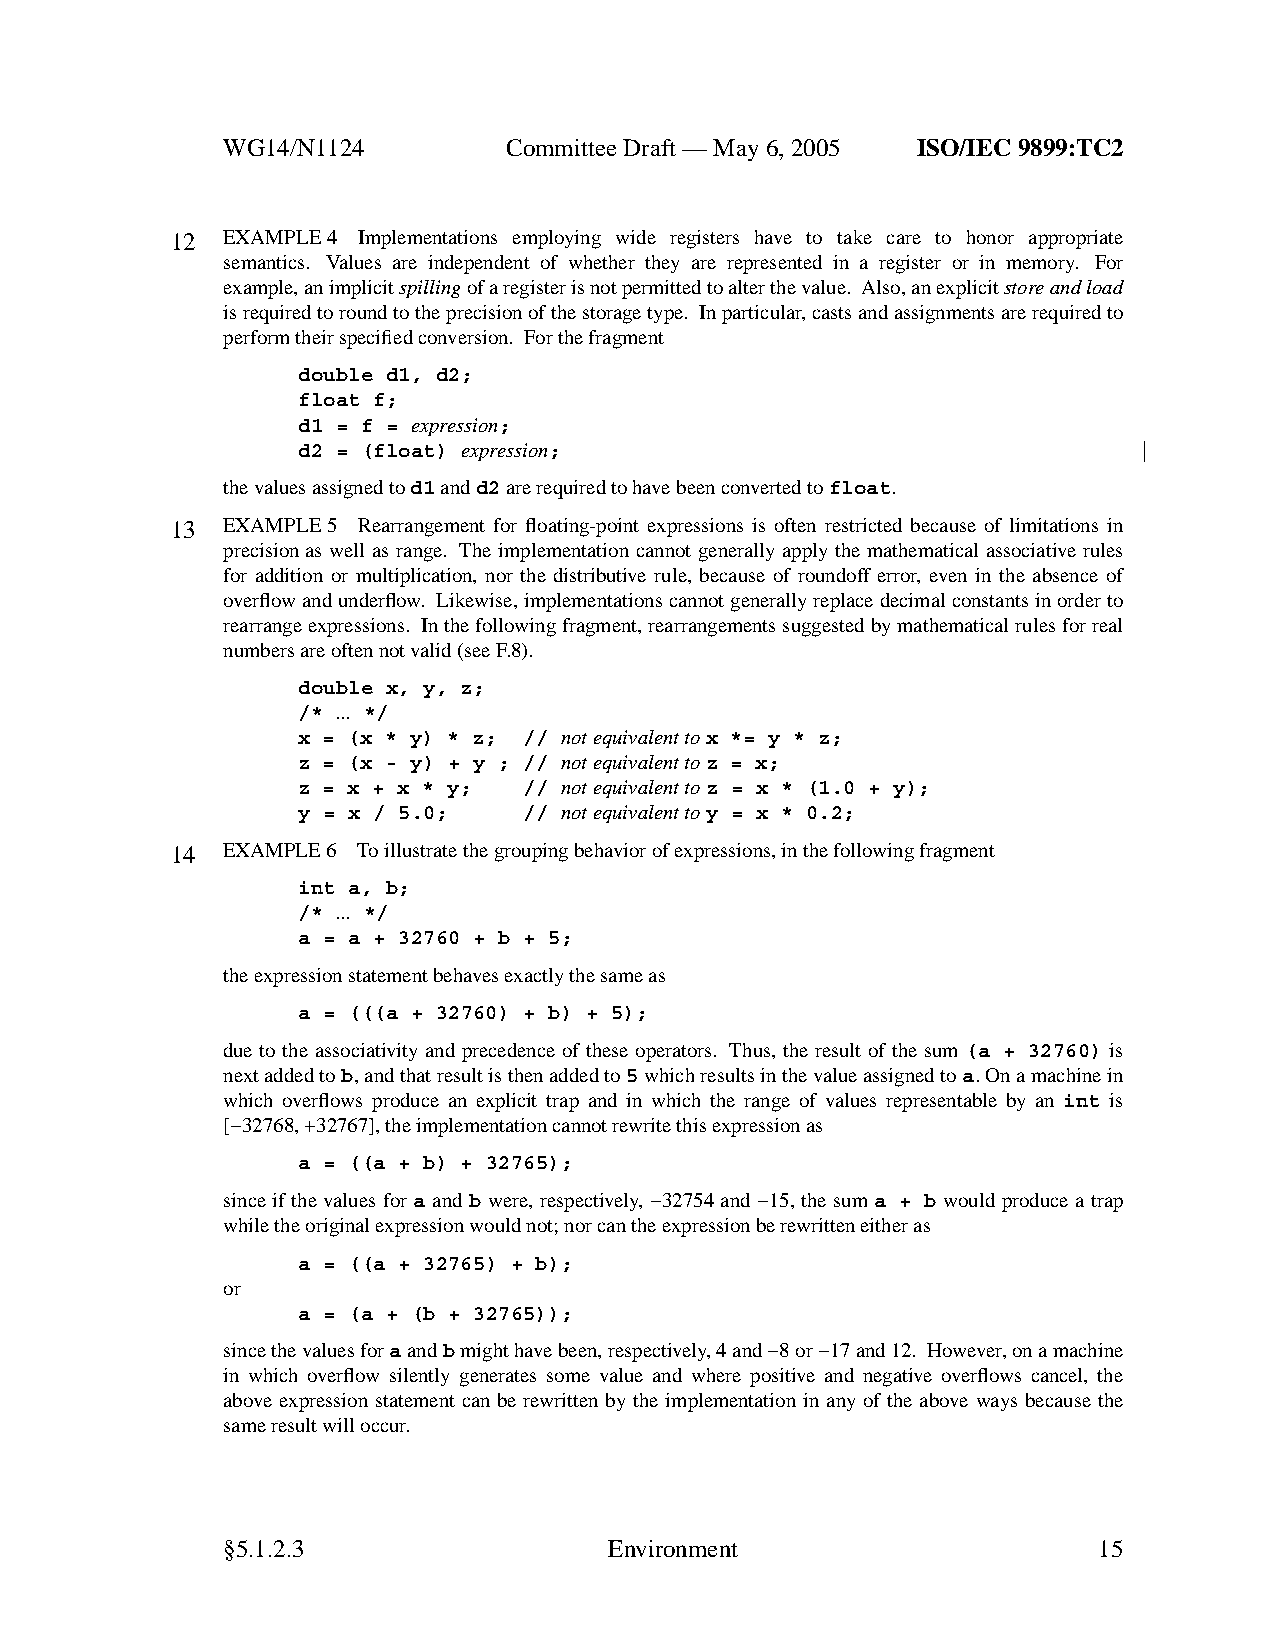
WG14/N1124        CommitteeDraft — May 6, 2005 ISO/IEC 9899:TC2
 12  EXAMPLE 4 Implementations employing wide registers have to take care to honor appropriate
 semantics. Values are independent of whether they are represented in a register or in memory. For
 example, an implicitspillingof a register is not permitted to alter the value. Also,an explicitstoreand load
 is required to round to the precision of the storage type. In particular,casts and assignments are required to
 perform their specified conversion. For the fragment
 double d1, d2;
 float f;
 d1 = f = expression;
 d2 = (float) expression;
 the values assigned tod1andd2are required to have been converted tofloat.
 13  EXAMPLE 5 Rearrangement for floating-point expressions is often restricted because of limitations in
 precision as well as range. The implementation cannot generally apply the mathematical associative rules
 for addition or multiplication, nor the distributive rule, because of roundoff error, even in the absence of
 overflowand underflow. Likewise, implementations cannot generally replace decimal constants in order to
 rearrange expressions. Inthe following fragment, rearrangements suggested by mathematical rules for real
 numbers are often not valid (see F.8).
 double x, y, z;
 /* ... */
 x = (x * y) * z; // not equivalent tox *= y * z;
 z = (x - y) + y ; // not equivalent toz = x;
 z = x + x * y; // not equivalent toz = x * (1.0 + y);
 y = x / 5.0;   // not equivalent toy = x * 0.2;
 14  EXAMPLE 6 To illustrate the grouping behavior of expressions, in the following fragment
 int a, b;
 /* ... */
 a = a + 32760 + b + 5;
 the expression statement behavesexactly the same as
 a = (((a + 32760) + b) + 5);
 due to the associativity and precedence of these operators. Thus, the result of the sum (a + 32760) is
 next added tob,and that result is then added to5which results in the value assigned toa.Onamachine in
 which overflows produce an explicit trap and in which the range of values representable by an int is
 [−32768, +32767], the implementation cannot rewrite this expression as
 a = ((a + b) + 32765);
 since if the values for a and b were, respectively, −32754 and −15, the sum a + b would produce a trap
 while the original expression would not; nor can the expression be rewritten either as
 a = ((a + 32765) + b);
 or
 a = (a + (b + 32765));
 since the values foraandbmight have been, respectively,4and −8 or −17 and 12. However, onamachine
 in which overflow silently generates some value and where positive and negative overflows cancel, the
 above expression statement can be rewritten by the implementation in any of the above ways because the
 same result will occur.
 §5.1.2.3                 Environment                      15